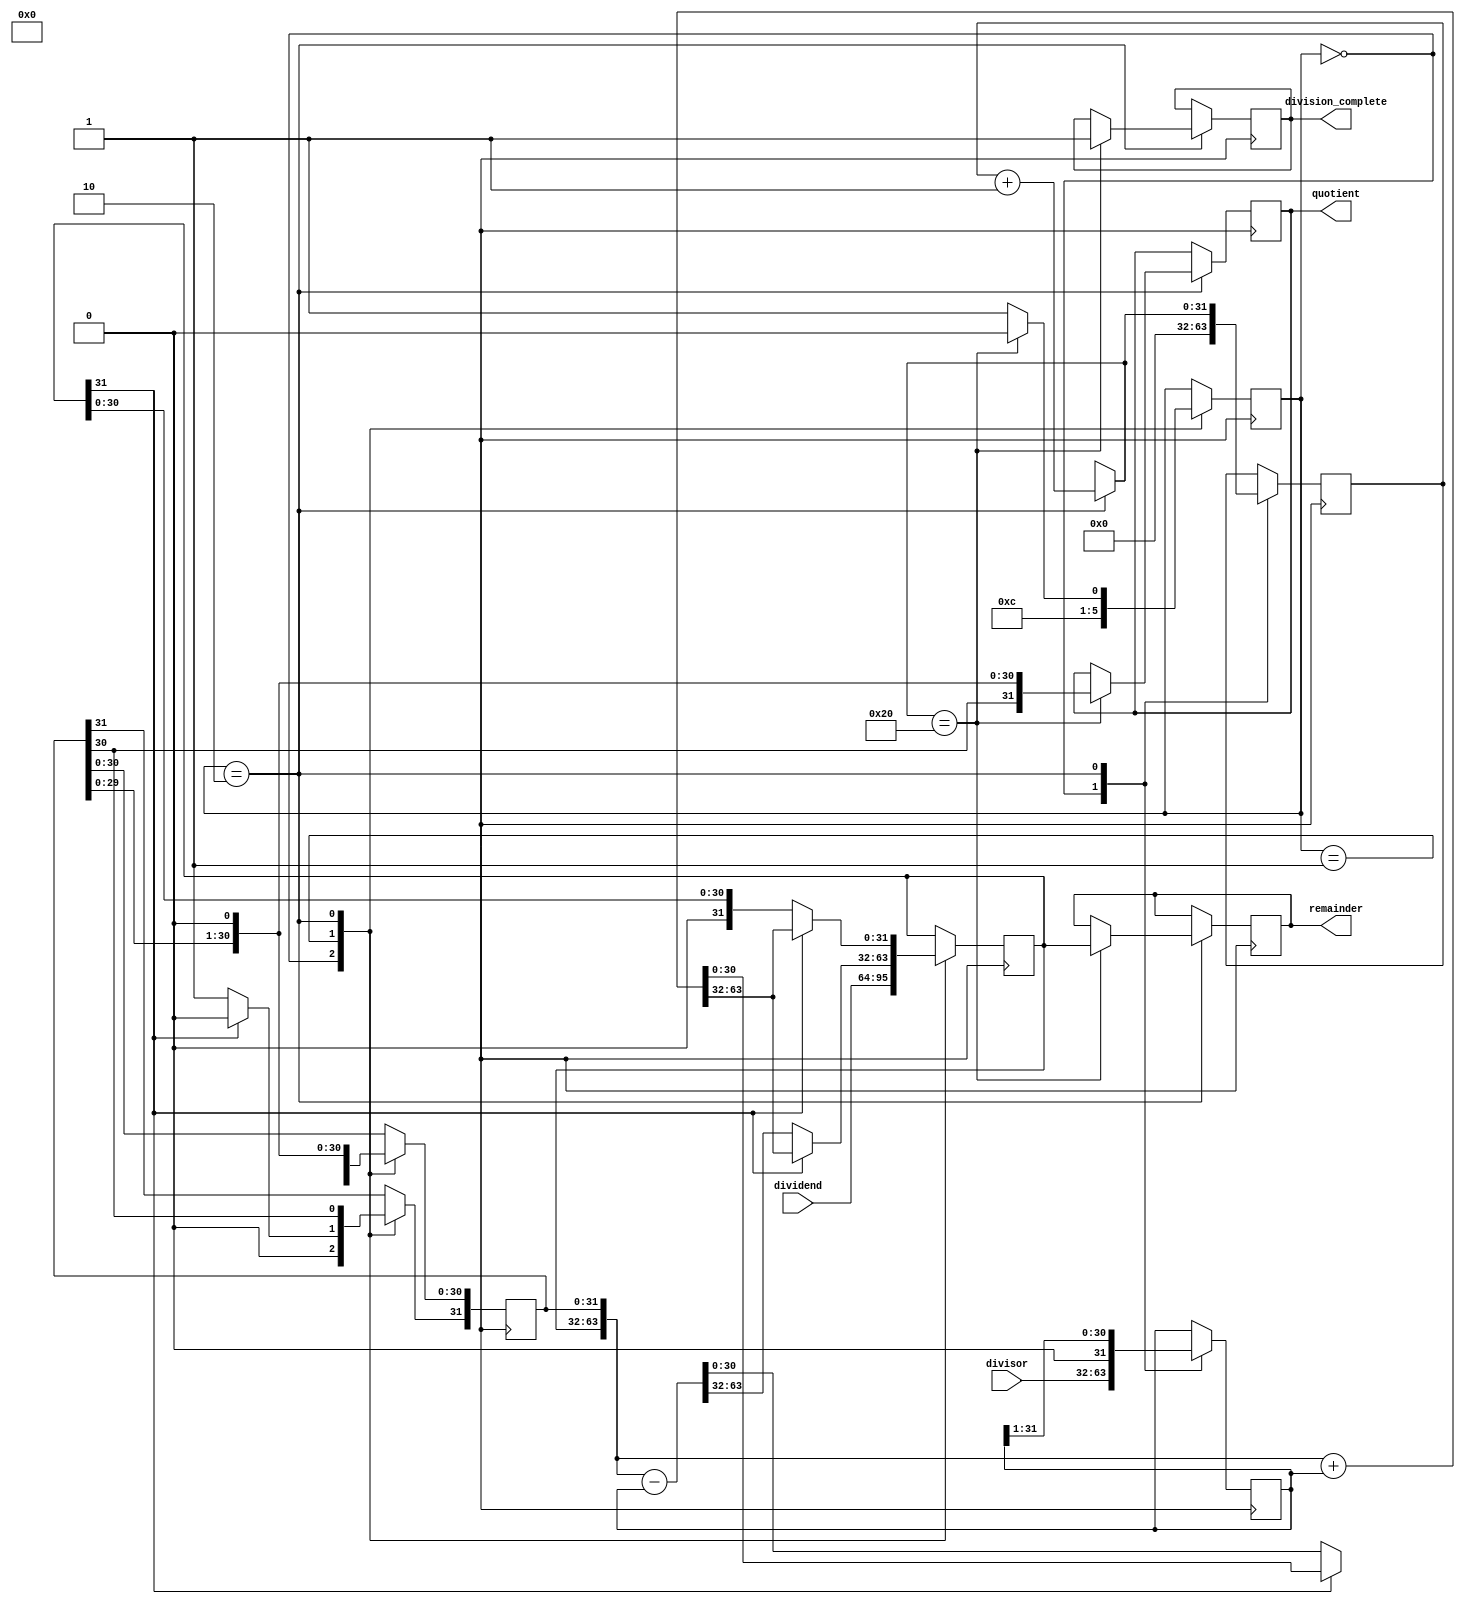
module non_restoring_divider (
    input wire [31:0] dividend,
    input wire [31:0] divisor,
    output reg [31:0] quotient,
    output reg [31:0] remainder,
    output wire division_complete
);

reg [31:0] A_reg, Q_reg, M_reg, count_reg;
reg [1:0] state;

always @ (posedge clk) begin 
    case(state)
        2'b00: begin
            A_reg <= dividend;
            Q_reg <= 32'b0;
            M_reg <= divisor;
            count_reg <= 32'b0;
            state <= 2'b01;
        end
        2'b01: begin
            if (A_reg[31] == 1'b0) begin
                {A_reg, Q_reg} <= {A_reg, Q_reg} - M_reg;
            end else begin
                {A_reg, Q_reg} <= {A_reg, Q_reg} + M_reg;
            end
            
            if (A_reg[31] == 1'b0) begin
                Q_reg[31] <= 1'b1;
            end else begin
                Q_reg[31] <= 1'b0;
            end

            state <= 2'b10;
        end
        2'b10: begin
            if (A_reg[31] == 1'b0) begin
                M_reg = M_reg >> 1;
                Q_reg = Q_reg << 1;
                count_reg = count_reg + 1;
            end else begin
                {A_reg, Q_reg} <= {A_reg, Q_reg} + M_reg;
                Q_reg[0] <= 1'b0; // Not real addition, just updating Q0
                Q_reg = Q_reg << 1;
                M_reg = M_reg >> 1;
                count_reg = count_reg + 1;
            end
            if (count_reg == 32) begin
                state <= 2'b00;
                remainder <= A_reg;
                quotient <= Q_reg;
                division_complete <= 1'b1;
            end else begin
                state <= 2'b01;
            end
        end
    endcase
end

endmodule